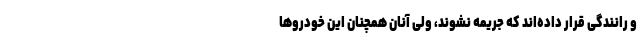
و رانندگی قرار داده‌اند که جریمه نشوند، ولی آنان همچنان این خودروها